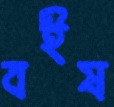
বইষ